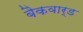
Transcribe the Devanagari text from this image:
बैकवार्ड